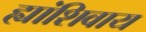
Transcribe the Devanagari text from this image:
ह्यांशिवाय